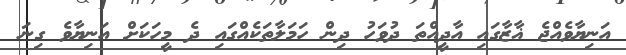
އަނިޔާވެއްޖެ ޣާޒާގައި އާދީއްތަ ދުވަހު ދިން ހަމަލާތަކެއްގައި ދެ މީހަކަށް އަނިޔާވެ ގިނަ